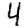
Digit: 4